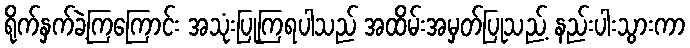
ရိုက်နှက်ခဲ့ကြကြောင်း အသုံးပြုကြရပါသည် အထိမ်းအမှတ်ပြုသည့် နည်းပါးသွားကာ